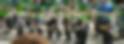
মৈত্রীসহ